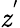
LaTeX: \mathit{z}^{'}